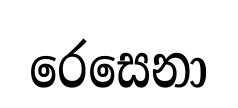
රෙසෙනා